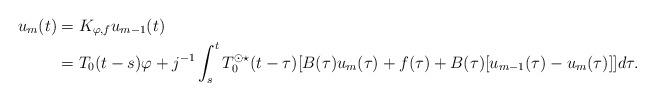
LaTeX: \begin{align*} u_m(t) &= K_{\varphi,f} u_{m-1}(t) \\ &= T_0(t-s)\varphi + j^{-1} \int_s^t T_0^{\odot \star}(t-\tau)[B(\tau)u_m(\tau) + f(\tau) + B(\tau)[u_{m-1}(\tau) - u_m(\tau)]] d\tau. \end{align*}